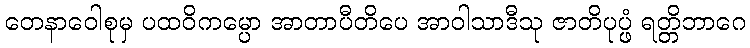
တေနာဝေါစုမှ ပထဝိကမ္ပော အာတာပီတိပေ အာဝါသာဒီသု ဇာတိပုပ္ဖံ ရတ္တိဘာဂေ